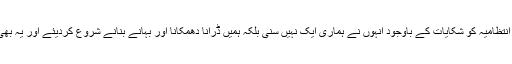
میرے بھائی کی دھمکی دینے پر مذکورہ ملزم وہاں سے بھاگ گیا ہوٹل انتظامیہ کو شکایات کے باوجود انہوں نے ہماری ایک نہیں سنی بلکہ ہمیں ڈرانا دھمکانا اور بہانے بنانے شروع کردیئے اور یہ بھی کہا کہ جنات نے یہ کام کیا ہوگا آخر کار مجبور ہوکر 15 پر کال کی۔